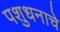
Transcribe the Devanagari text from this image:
पशुधनाचे